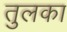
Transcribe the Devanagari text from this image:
तुलका